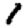
Digit: 1